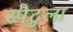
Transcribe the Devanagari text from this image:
स्पैटुला